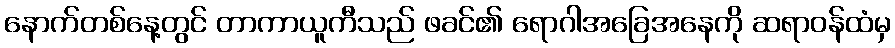
နောက်တစ်နေ့တွင် တာကာယူကီသည် ဖခင်၏ ရောဂါအခြေအနေကို ဆရာဝန်ထံမှ